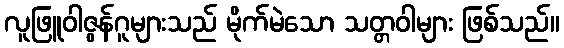
လူဖြူဝါဇွန်ဂူများသည် မိုက်မဲသော သတ္တဝါများ ဖြစ်သည်။